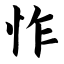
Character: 怍